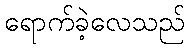
ရောက်ခဲ့လေသည်